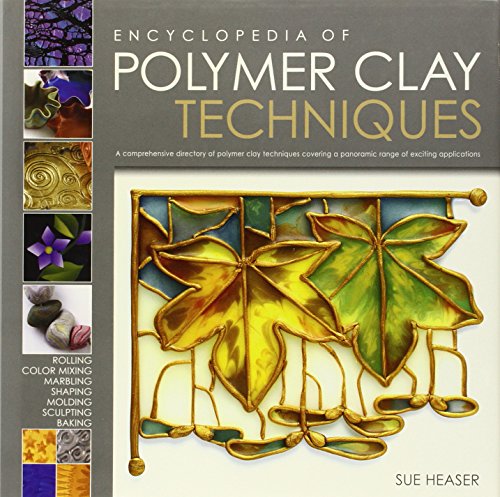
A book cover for The Encyclopedia of Polymer Clay Techniques: A Comprehensive Directory of Polymer Clay Techniques Covering a Panoramic Range of Exciting Applications; Sue Heaser; Crafts, Hobbies & Home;